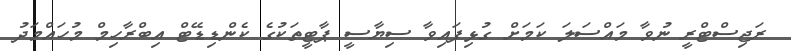
ރަޖިސްޓްރީ ނުވާ މައްސަލަ ކަމަށް ގުޅިފައިވާ ސިޔާސީ ޕާޓީތަކުގެ ކެންޑިޑޭޓް އިބްރާހިމް މުހައްމަދު